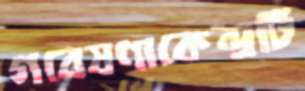
গবেষণাকেন্দ্রটি